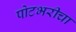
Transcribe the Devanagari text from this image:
पोटभरीचा